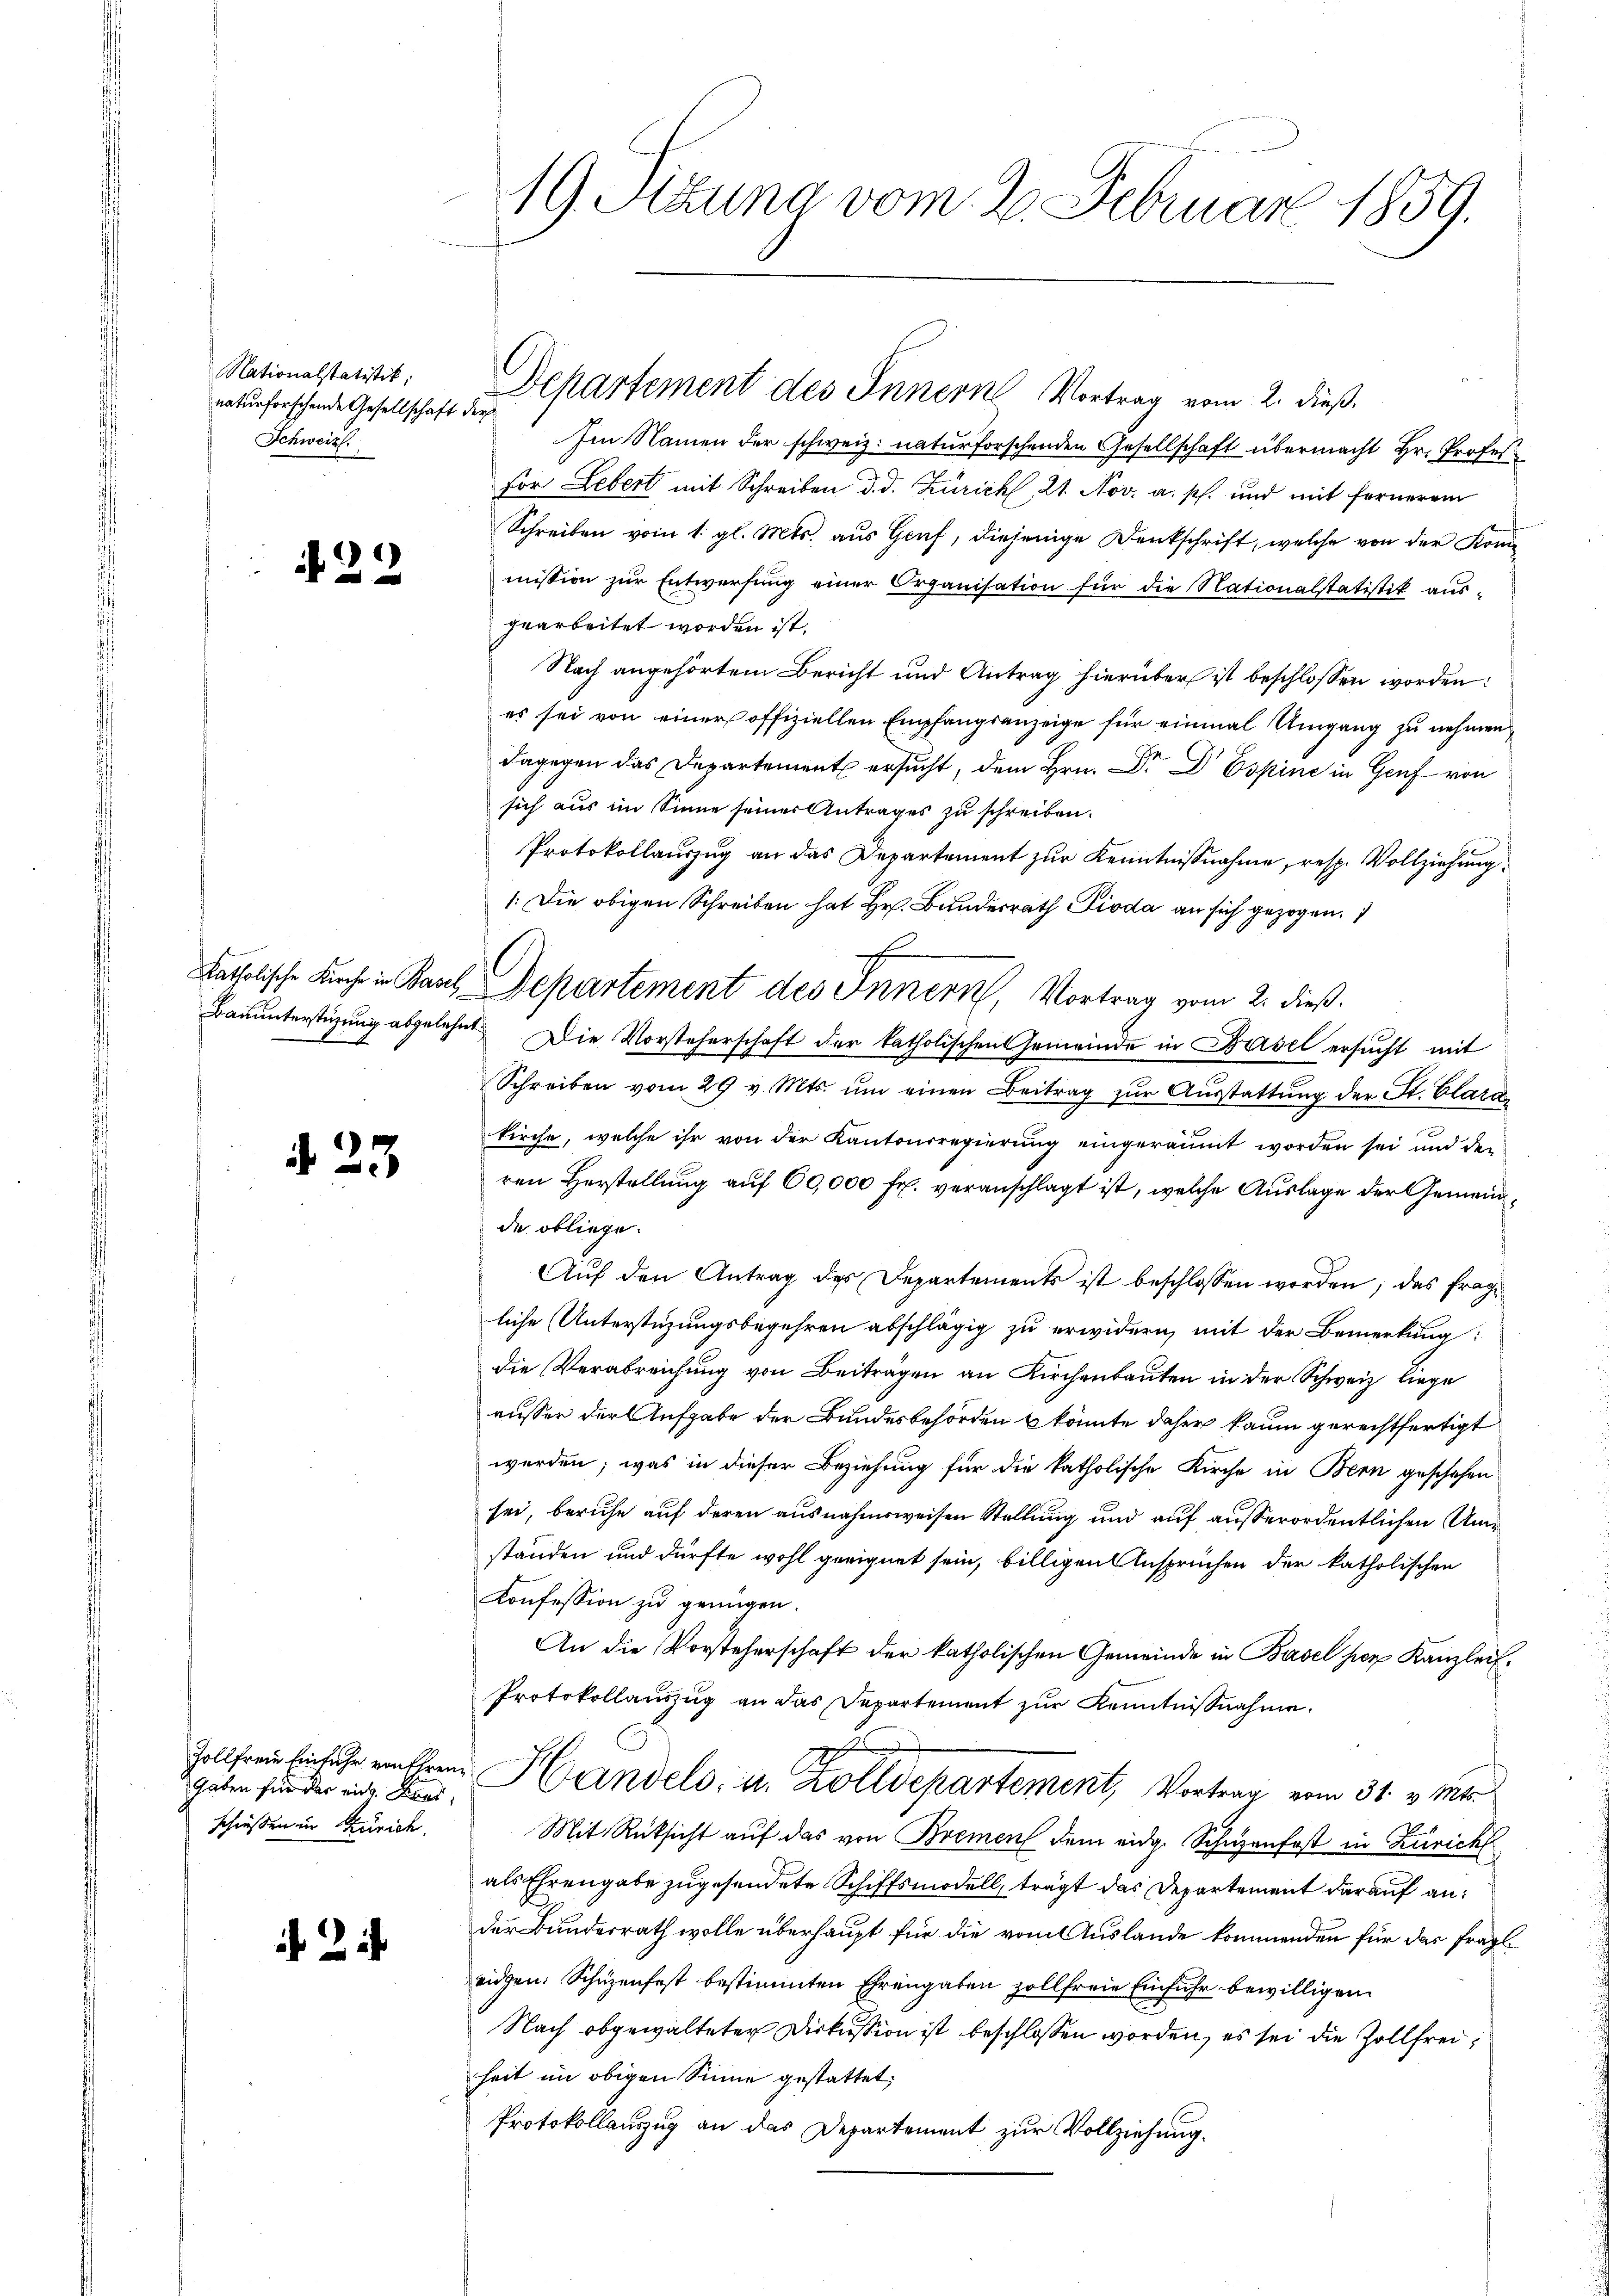
Nationalstatistik,
naturforschende Gesellschaft der
Schweiz.

.

423

2

Gaben für der ein Kres
schiessen in Zürich.

2

19. Stung vom 2. Februar 1859.

e
Im Namen der schweiz. naturforschenden Gesellschaft übermacht Hr. Profesfor Lebert mit Schreiben d. d. Zürich, 21. Nov. a. p. und mit fernerem
Schreiben vom 1. gl. Mts. aus Genf, diejenige Denkschrift, welche von der Konmission zur Entwerfung einer Organisation für die Nationalstatistik aus-
gearbeitet worden ist.
Nach angehörtem Bericht und Antrag hierüber ist beschlossen worden:
es sei von einer offiziellen Empfangsanzeige für einmal Umgang zu nehmen,
dagegen das Departement ersucht, dem Hrn. Dr. Dr Espine in Genf von
sich aus im Sinne seiner Antrages zu schreiben.
Protokollauszug an das Departement zur Kenntnißnahme, resp. Vollziehung
1: Die obigen Schreiben hat Hr. Bunderrath Pioda an sich gezogen.
katholische Kirche in Paris Departement des Innern, Vortrag vom 2. dieß.
Bauunterstüzung abgelehnt. Die Vorsteherschaft der katholischen Gemeinde in Basel ersucht mit
Schreiben vom 29 v. Mts. ŭm einen Beitrag zur Ausstattung der St. Clara
n
kirche, welche ihr von der Kantonsregierung eingeräumt worden sei und der
ren Herstellung auf 60,000 fr. veranschlagt ist, welche Auslage der Gemeindde obliege.
Auf den Antrag des Departements ist beschlossen worden, das frage
liche Unterstüzungsbegehren abschlägig zu erwidern, mit der Bemerkung:
die Verabreichung von Beiträgen an Kirchenbauten in der Schweiz liege
ausser der Aufgabe der Bundesbehörden & könnte daher kaum gerechtfertigt
werden; was in dieser Beziehung für die katholische Kirche in Bern geschehen
sei, beruhe auf deren ausnahmsweisen Stellung und auf ausserordentlichen Umstanden und dürfte wohl geeignet sein, billigen Ansprüchen der katholischen
Konfession zu genügen.
An die Vorsteherschaft der katholischen Gemeinde in Basel her Kanzlei¬
Protokollauszug an das Departement zur Kenntnißnahme.
Gollfreie Einliche ventiren Handels- u. Zolldepartement, Vortrag vom 31. v. Mts.
Mit Rüksicht auf das von Brement dem eidg. Schüzenfest in Zürich
als Ehrengabe zugesendete Schiffsmodell, trägt das Departement darauf an:
der Bundesrath wolle überhaupt für die vom Auslande kommenden für das fragl.
eidgen. Schüzenfest bestimmten Ehrengaben zollfreie Einfuhr bewilligen
Nach abgewalteter Diskussion ist beschlossen worden, es sei die Zollfreiheit im obigen Sinne gestattet,
Protokollauszug an das Departement zur Vollziehung.

Departement des Innern Vortrag vom 2. dieß.